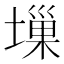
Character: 𡏮